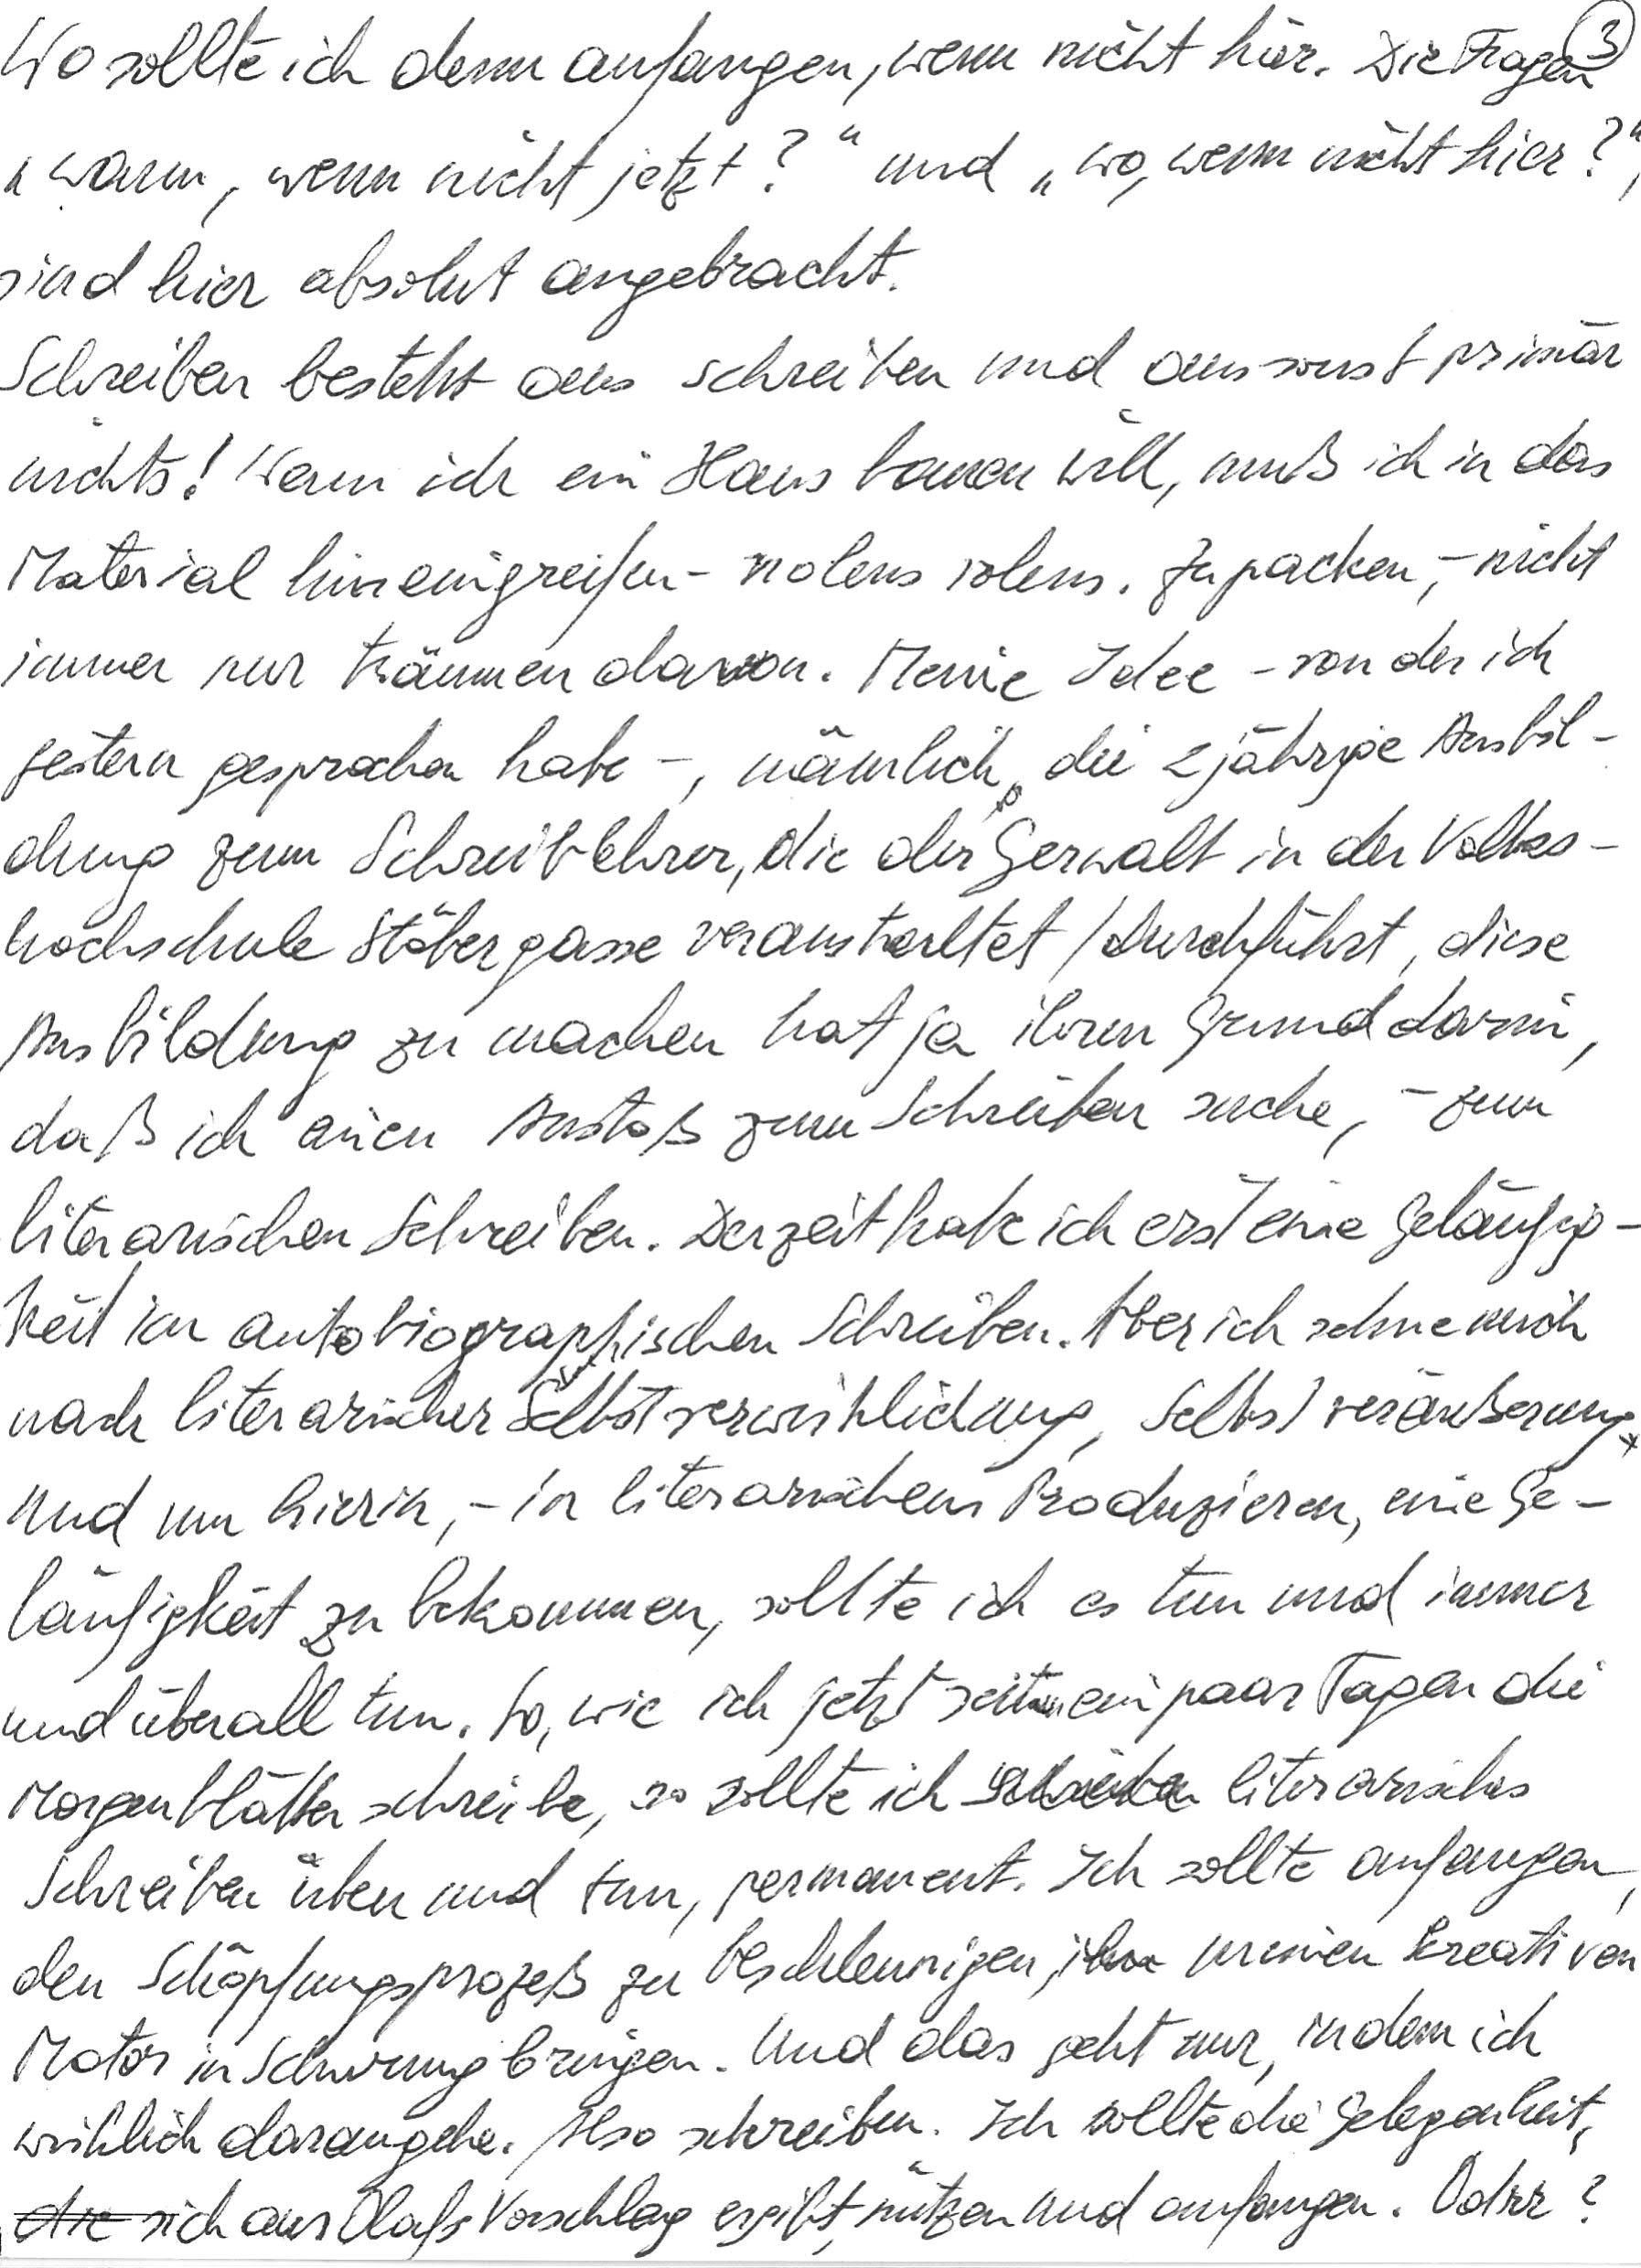
Wo sollte ich denn anfangen, wenn nicht hier. Die Fragen
„wann, wenn nicht jetzt?“ und „wo, wenn nicht hier?“,
sind hier absolut angebracht.
Schreiben besteht in schreiben und in sonst primär
nichts! Wenn ich ein Haus bauen will, muß ich in das
Material hineingreifen – nolens volens. Zupacken, – nicht
immer nur träumen davon. Meine Idee – von der ich
gestern gesprochen habe –, nämlich die 2jährige Ausbil-
dung zum Schreiblehrer, die der Gerwalt in der Volks-
hochschule Stöbergasse veranstaltet/durchführt, diese
Ausbildung zu machen hat ja ihren Grund darin,
daß ich einen Anstoß zum Schreiben suche, – zum
literarischen Schreiben. Derzeit habe ich erst eine Geläufig-
keit im autobiographischen Schreiben. Aber ich sehne mich
nach literarischer Selbstverwirklichung, Selbstveräußerung.
Und um hierin, – in literarischem Produzieren, eine Ge-
läufigkeit zu bekommen, sollte ich es tun und immer
und überall tun. So, wie ich jetzt seit ein paar Tagen die
Mogenblätter schreibe, so sollte ich literarisches
Schreiben üben und tun, permanent. Ich sollte anfangen,
den Schöpfungsprozess zu beschleunigen, meinen kreativen
Motor in Schwung bringen. Und das geht nur, indem ich
wirklich darangehe. Also schreiben. Ich sollte die Gelegenheit,
die sich aus Olafs Vorschlag ergibt, nützen und anfangen. Odrr?